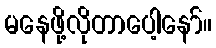
မနေဖို့လိုတာပေါ့နော်။